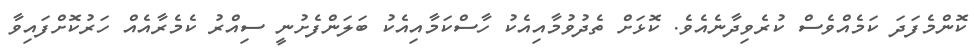
ކޮންމެފަދަ ކަމެއްވެސް ކުރެވިދާނެއެވެ. ކޮޅަށް ތެދުވުމާއިއެކު ހާސްކަމާއިއެކު ބަލަންފެށުނީ ސިއްރު ކެމެރާއެއް ހަރުކޮށްފައިވާ